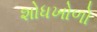
શોધખોળો